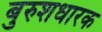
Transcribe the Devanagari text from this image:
बुरुशधारक